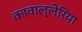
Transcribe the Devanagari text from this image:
कावाल्लेरिया